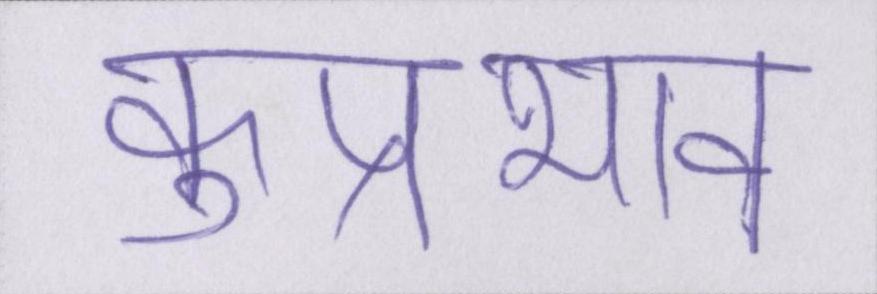
कुप्रभाव